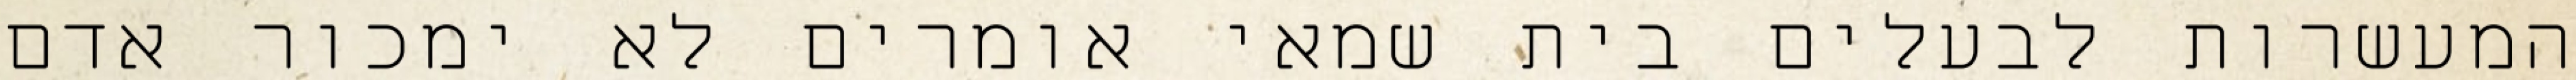
המעשרות לבעלים בית שמאי אומרים לא ימכור אדם